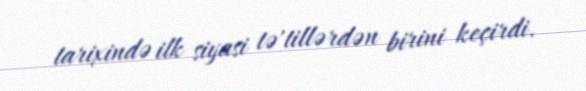
tarixində ilk siyasi tə'tillərdən birini keçirdi.